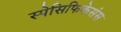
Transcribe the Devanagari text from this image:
स्पेसिफिकेसंस